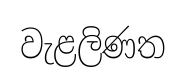
වැළලිණත